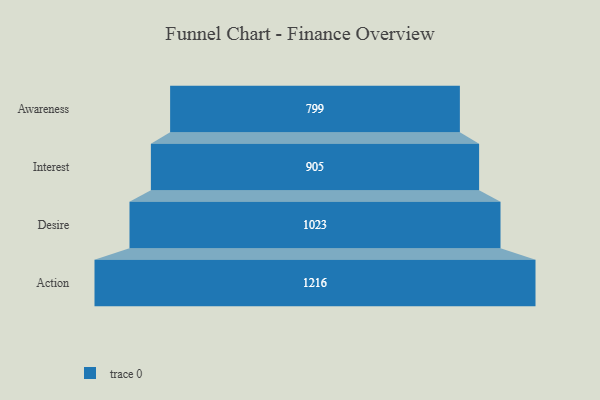
{"axis": {"x": "Stage", "y": "Value"}, "legend": [""], "data": [{"x": "Awareness", "y": 799.0, "type": ""}, {"x": "Interest", "y": 905.0, "type": ""}, {"x": "Desire", "y": 1023.0, "type": ""}, {"x": "Action", "y": 1216.0, "type": ""}]}